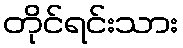
တိုင်ရင်းသား